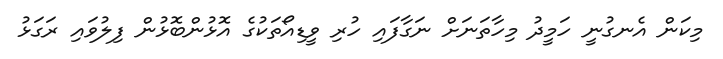
މިކަން އެނގުނީ ހަމީދު މިހާތަނަށް ނަގާފައި ހުރި ވީޑިއޯތަކުގެ އޮޅުންބޮޅުން ފިލުވައި ރަގަޅު